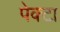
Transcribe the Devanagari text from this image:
पेक्टा